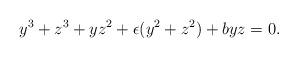
LaTeX: \begin{align*}y^{3}+ z^{3} +yz^{2}+ \epsilon(y^{2} + z^{2})+ byz =0.\end{align*}